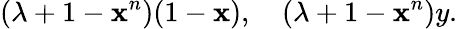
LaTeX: (\lambda+1-\mathbf{x}^{n})(1-\mathbf{x}),\quad(\lambda+1-\mathbf{x}^{n})y.